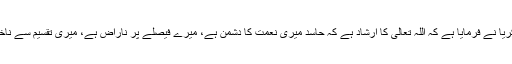
سیّدنا زکریاؑ نے فرمایا ہے کہ اللہ تعالیٰ کا ارشاد ہے کہ حاسد میری نعمت کا دشمن ہے، میرے فیصلے پر ناراض ہے، میری تقسیم سے ناخوش ہے۔